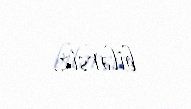
bilərsiz.